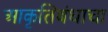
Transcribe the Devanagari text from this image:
आकृतिबंधाचा